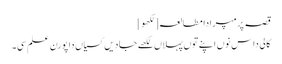
قصہ پرمپرا دا مطالعہ[لکھو]
کالی داس نوں اپنے توں پہلاں لکھے جادیں کسیاں دا پورن علم سی۔